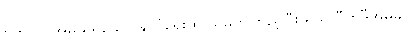
ဗက်လင်အမည်ရှိသော နိုင်ငံရေးထဲ သူမကိုကြည့်ပြီး ရှယ်လီကဒီအိမ်မှာ